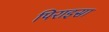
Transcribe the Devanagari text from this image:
पिराइसा